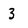
Character: 3